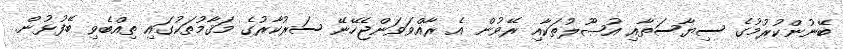
ބޭނުންކުރުމުގެ ސިޔާސަތާއި އުޞޫލުތަކާއި ރޭވުން އެ ރާއްވަވަންޖެހޭނޭ ސަރުކާރުގެ މަޤާމުތަކުގައި ތިއްބެވި ބޭފުޅުން.